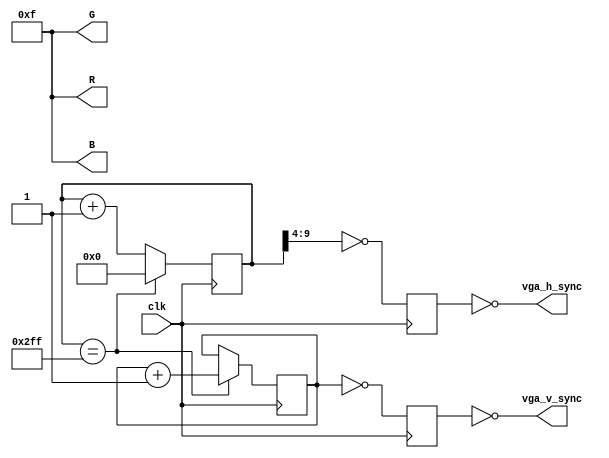
/*module test(DLY_RST, VGA_CTRL_CLK, VGA_BLANK_N, VGA_HS, VGA_B, VGA_G, VGA_R);
input[7:0] VGA_B, VGA_G, VGA_R;
input DLY_RST, VGA_CTRL_CLK, VGA_BLANK_N, VGA_HS;

vga_controller vga_ins(.iRST_n(DLY_RST),
		 .iVGA_CLK(VGA_CTRL_CLK),
		 .oBLANK_n(VGA_BLANK_N),
		 .oHS(VGA_HS),
		 .oVS(VGA_VS),
		 .b_data(VGA_B),
		 .g_data(VGA_G),
		 .r_data(VGA_R));
endmodule
*/

module test(clk, vga_h_sync, vga_v_sync, R, G, B);

	input clk;
	output vga_h_sync;
	output vga_v_sync;
	output [3:0] R;
	output [3:0] G;
	output [3:0] B;

	reg [9:0] CounterX;
	reg [8:0] CounterY;
	wire CounterXmaxed = (CounterX==767);

	always @(posedge clk)
	if(CounterXmaxed)
	  CounterX <= 0;
	else
	  CounterX <= CounterX + 1;

	always @(posedge clk)
	if(CounterXmaxed)
		 CounterY <= CounterY + 1;

	reg vga_HS, vga_VS;
	always @(posedge clk)
	begin
	  vga_HS <= (CounterX[9:4]==0);   // active for 16 clocks
	  vga_VS <= (CounterY==0);   // active for 768 clocks
	end

	assign vga_h_sync = ~vga_HS;
	assign vga_v_sync = ~vga_VS;

	assign R = 15;
	assign G = 15;
	assign B = 15;

endmodule